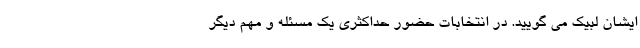
ایشان لبیک می گویید. در انتخابات حضور حداکثری یک مسئله و مهم دیگر